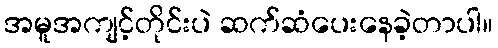
အမူအကျင့်တိုင်းပဲ ဆက်ဆံပေးနေခဲ့တာပါ။